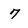
Character: 7